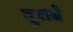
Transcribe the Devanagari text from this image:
मुराबे